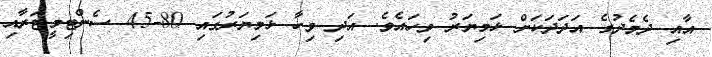
އާއި ދެެމެދުގެ އަދަދަަކަށް ޅަމިޔަރު ވިހައެވެ. އަދި ވިހާ ޅަމިޔަރުގައި 80-45 ސެންޓިމީޓަރާއި